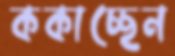
ককাচ্ছেন